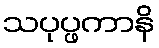
သပုပ္ဖကာနိ